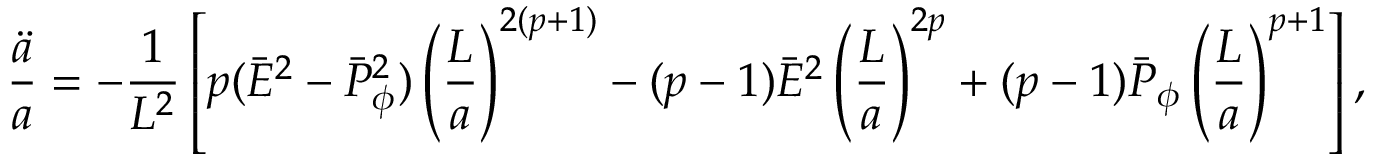
{ \frac { \ddot { a } } { a } } = - { \frac { 1 } { L ^ { 2 } } } \left[ p ( \bar { E } ^ { 2 } - \bar { P } _ { \phi } ^ { 2 } ) \left( { \frac { L } { a } } \right) ^ { 2 ( p + 1 ) } - ( p - 1 ) \bar { E } ^ { 2 } \left( { \frac { L } { a } } \right) ^ { 2 p } + ( p - 1 ) \bar { P } _ { \phi } \left( { \frac { L } { a } } \right) ^ { p + 1 } \right] ,